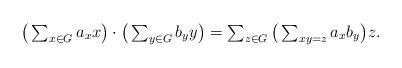
LaTeX: \begin{align*}\textstyle\big(\sum_{x\in G}a_x x\big)\cdot\big(\sum_{y\in G}b_y y\big)=\sum_{z\in G}\big(\sum_{xy=z}a_xb_y\big)z.\end{align*}